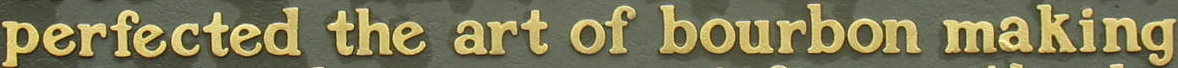
perfected the art of bourbon making